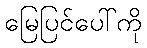
မြေပြင်ပေါ်ကို